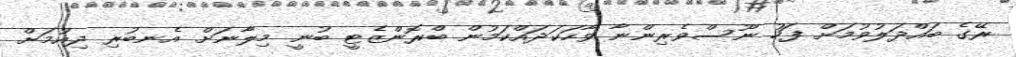
ރޭގެ ބައްދަލުވުމަށް ފަހު ނޫސްވެރިންނާ ވާހަކަދައްކަމުން ބްރޮންޒެޓީ ބުނީ މިލާނަށް އެނބުރި ދިއުމަށް